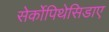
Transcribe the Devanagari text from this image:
सेर्कोपिथेसिडाए